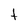
Character: t